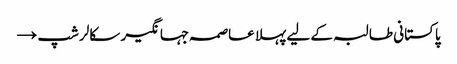
پاکستانی طالبہ کے لیے پہلا عاصمہ جہانگیر سکالرشپ →